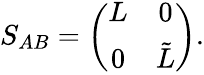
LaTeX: S_{AB}=\left(\begin{array}{cc}{{L}}&{{0}}\\ {{0}}&{{\tilde{L}}}\end{array}\right).